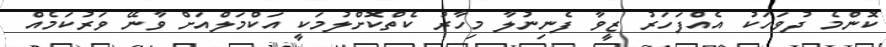
ކޮންމެ ދުވަހަކު އެއްފަހަރު ޒީވާ ފެނިނުލާ މިހާރު ކެތްކޮށްލުމަކީ އަކްމަލްއަށް ވާނޭ ވަރުކަމެއް